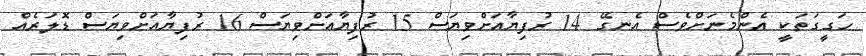
ހަގީގަތަކީ އެންމެނަށްވެސް އެނގޭ 14 ރުފިޔާއަށްވިޔަސް 15 ރުފިޔާއަށްވިޔަސް 16 ރުފިޔާއަށްވިޔަސް ޑޮލަރެއް